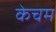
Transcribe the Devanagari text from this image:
केचम